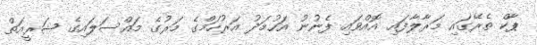
ޕާކް ތެރޭގައި މަރާލާފައި އޮއްވައި ފެނުނު އަހުމަދު އަރުހަމްގެ މަރުގެ މައްސަލައިގެ ޝަރީއަތް